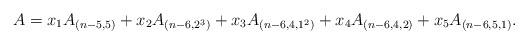
LaTeX: \begin{align*}A &= x_1 A_{(n-5,5)} + x_2 A_{(n-6,2^3)} + x_3 A_{(n-6,4,1^2)} + x_4 A_{(n-6,4,2)} + x_5 A_{(n-6,5,1)}.\end{align*}